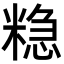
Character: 𮇮